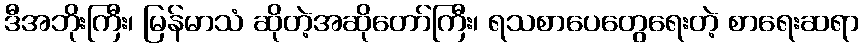
ဒီအဘိုးကြီး၊ မြန်မာသံ ဆိုတဲ့အဆိုတော်ကြီး၊ ရသစာပေတွေရေးတဲ့ စာရေးဆရာ